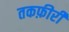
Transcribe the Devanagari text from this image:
तकफ़ीरी